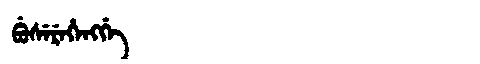
Manchu: ᠪᡠᠰᡝᡵᡝᡥᡝᠩᡤᡝ
Romanization: BUSEREHENGGE